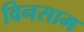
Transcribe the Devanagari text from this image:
विनसाम